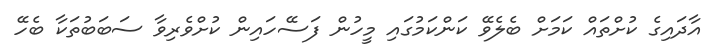
އާދައިގެ ކުށްތައް ކަމަށް ބެލެވޭ ކަންކަމުގައި މީހުން ފަސޭހައިން ކުށްވެރިވާ ސަބަބުތަކާ ބެހޭ